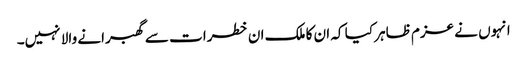
انہوں نے عزم ظاہر کیا کہ ان کا ملک ان خطرات سے گھبرانے والا نہیں۔